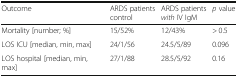
<table><thead><tr><td><b>Outcome</b></td><td><b>ARDS patients control</b></td><td><b>ARDS patients <i>with</i> IV IgM</b></td><td><b><i>p</i> value</b></td></tr></thead><tbody><tr><td>Mortality [number; %]</td><td>15/52%</td><td>12/43%</td><td>&gt; 0.5</td></tr><tr><td>LOS ICU [median, min, max]</td><td>24/1/56</td><td>24.5/5/89</td><td>0.096</td></tr><tr><td>LOS hospital [median, min, max]</td><td>27/1/88</td><td>28.5/5/92</td><td>0.16</td></tr></tbody></table>